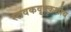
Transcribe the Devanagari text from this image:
स्तवकवृक्कशोथ